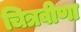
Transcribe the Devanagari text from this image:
चित्रवीणा